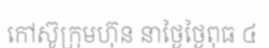
កៅស៊ូក្រុមហ៊ុន នាថ្ងៃថ្ងៃពុធ ៤